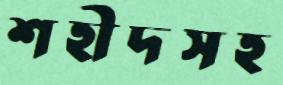
শহীদসহ